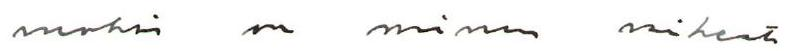
vuoksi on minun vaikeata